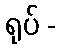
ရုပ် -